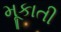
મૂકાતી